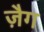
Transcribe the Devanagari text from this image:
ज़ैग